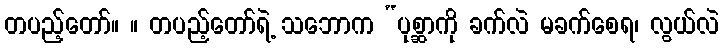
တပည့်တော်။ ။ တပည့်တော်ရဲ့ သဘောက “ပုစ္ဆာကို ခက်လဲ မခက်စေရ၊ လွယ်လဲ